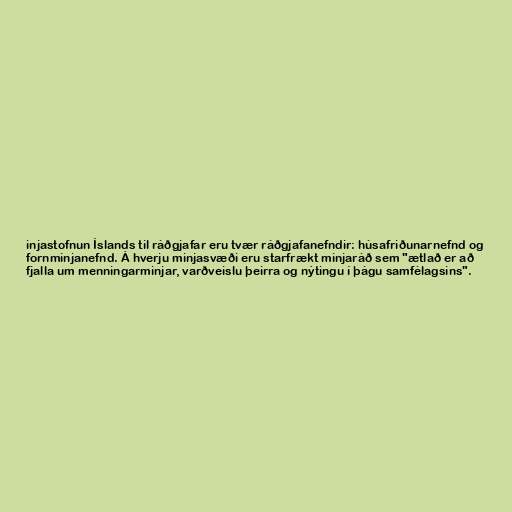
injastofnun Íslands til ráðgjafar eru tvær ráðgjafanefndir: húsafriðunarnefnd og
fornminjanefnd. Á hverju minjasvæði eru starfrækt minjaráð sem "ætlað er að
fjalla um menningarminjar, varðveislu þeirra og nýtingu í þágu samfélagsins".